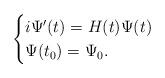
LaTeX: \begin{align*}\begin{cases}i\Psi'(t)=H(t)\Psi(t)\\\Psi(t_0)=\Psi_0.\end{cases}\end{align*}